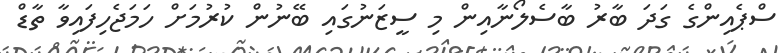
ސްޕެއިންގެ ގަދަ ބާރު ބާސެލޯނާއިން މި ސީޒަނުގައި ބޭނުން ކުރުމަށް ހަމަޖެހިފައިވާ ތާޑް